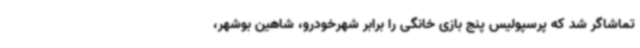
تماشاگر شد که پرسپولیس پنج بازی خانگی را برابر شهرخودرو، شاهین بوشهر،